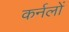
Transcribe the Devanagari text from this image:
कर्नलों